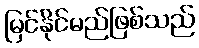
မြင်နိုင်မည်ဖြစ်သည်